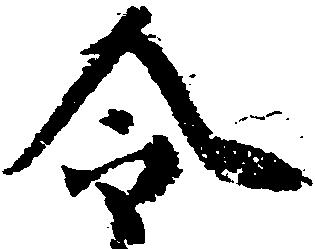
令